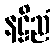
နဠိညံ